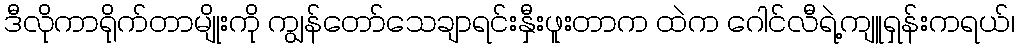
ဒီလိုကာရိုက်တာမျိုးကို ကျွန်တော်သေချာရင်းနှီးဖူးတာက ထဲက ဂေါင်လီရဲ့ကျူရှန်းကရယ်၊